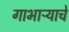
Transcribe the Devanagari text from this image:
गाभाऱ्याचे